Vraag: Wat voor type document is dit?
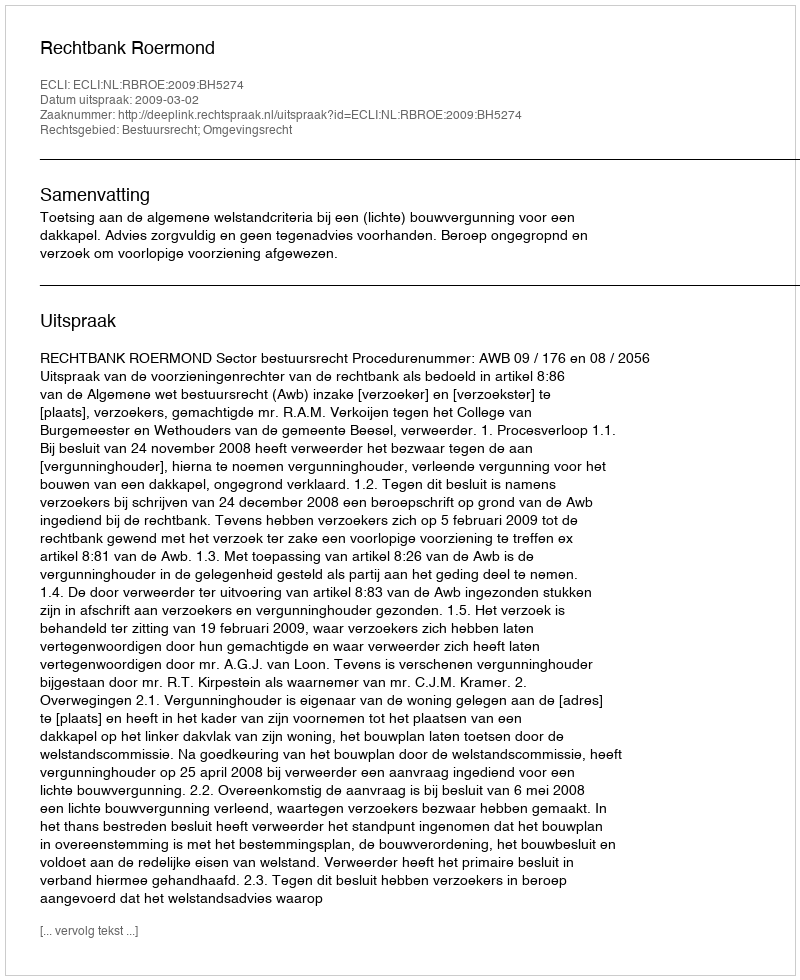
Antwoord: Uitspraak